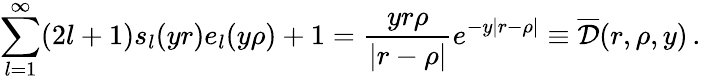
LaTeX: \sum_{l=1}^{\infty}(2l+1)s_{l}(yr)e_{l}(y\rho)+1=\frac{yr\rho}{|r-\rho|}e^{-y|r-\rho|}\equiv\overline{{{\cal D}}}(r,\rho,y)\, {.}